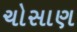
ચોસાણ